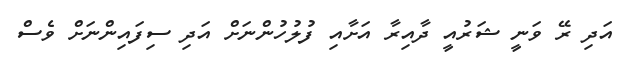
އަދި ރޭ ވަނީ ޝަރުއީ ދާއިރާ އަށާއި ފުލުހުންނަށް އަދި ސިފައިންނަށް ވެސް